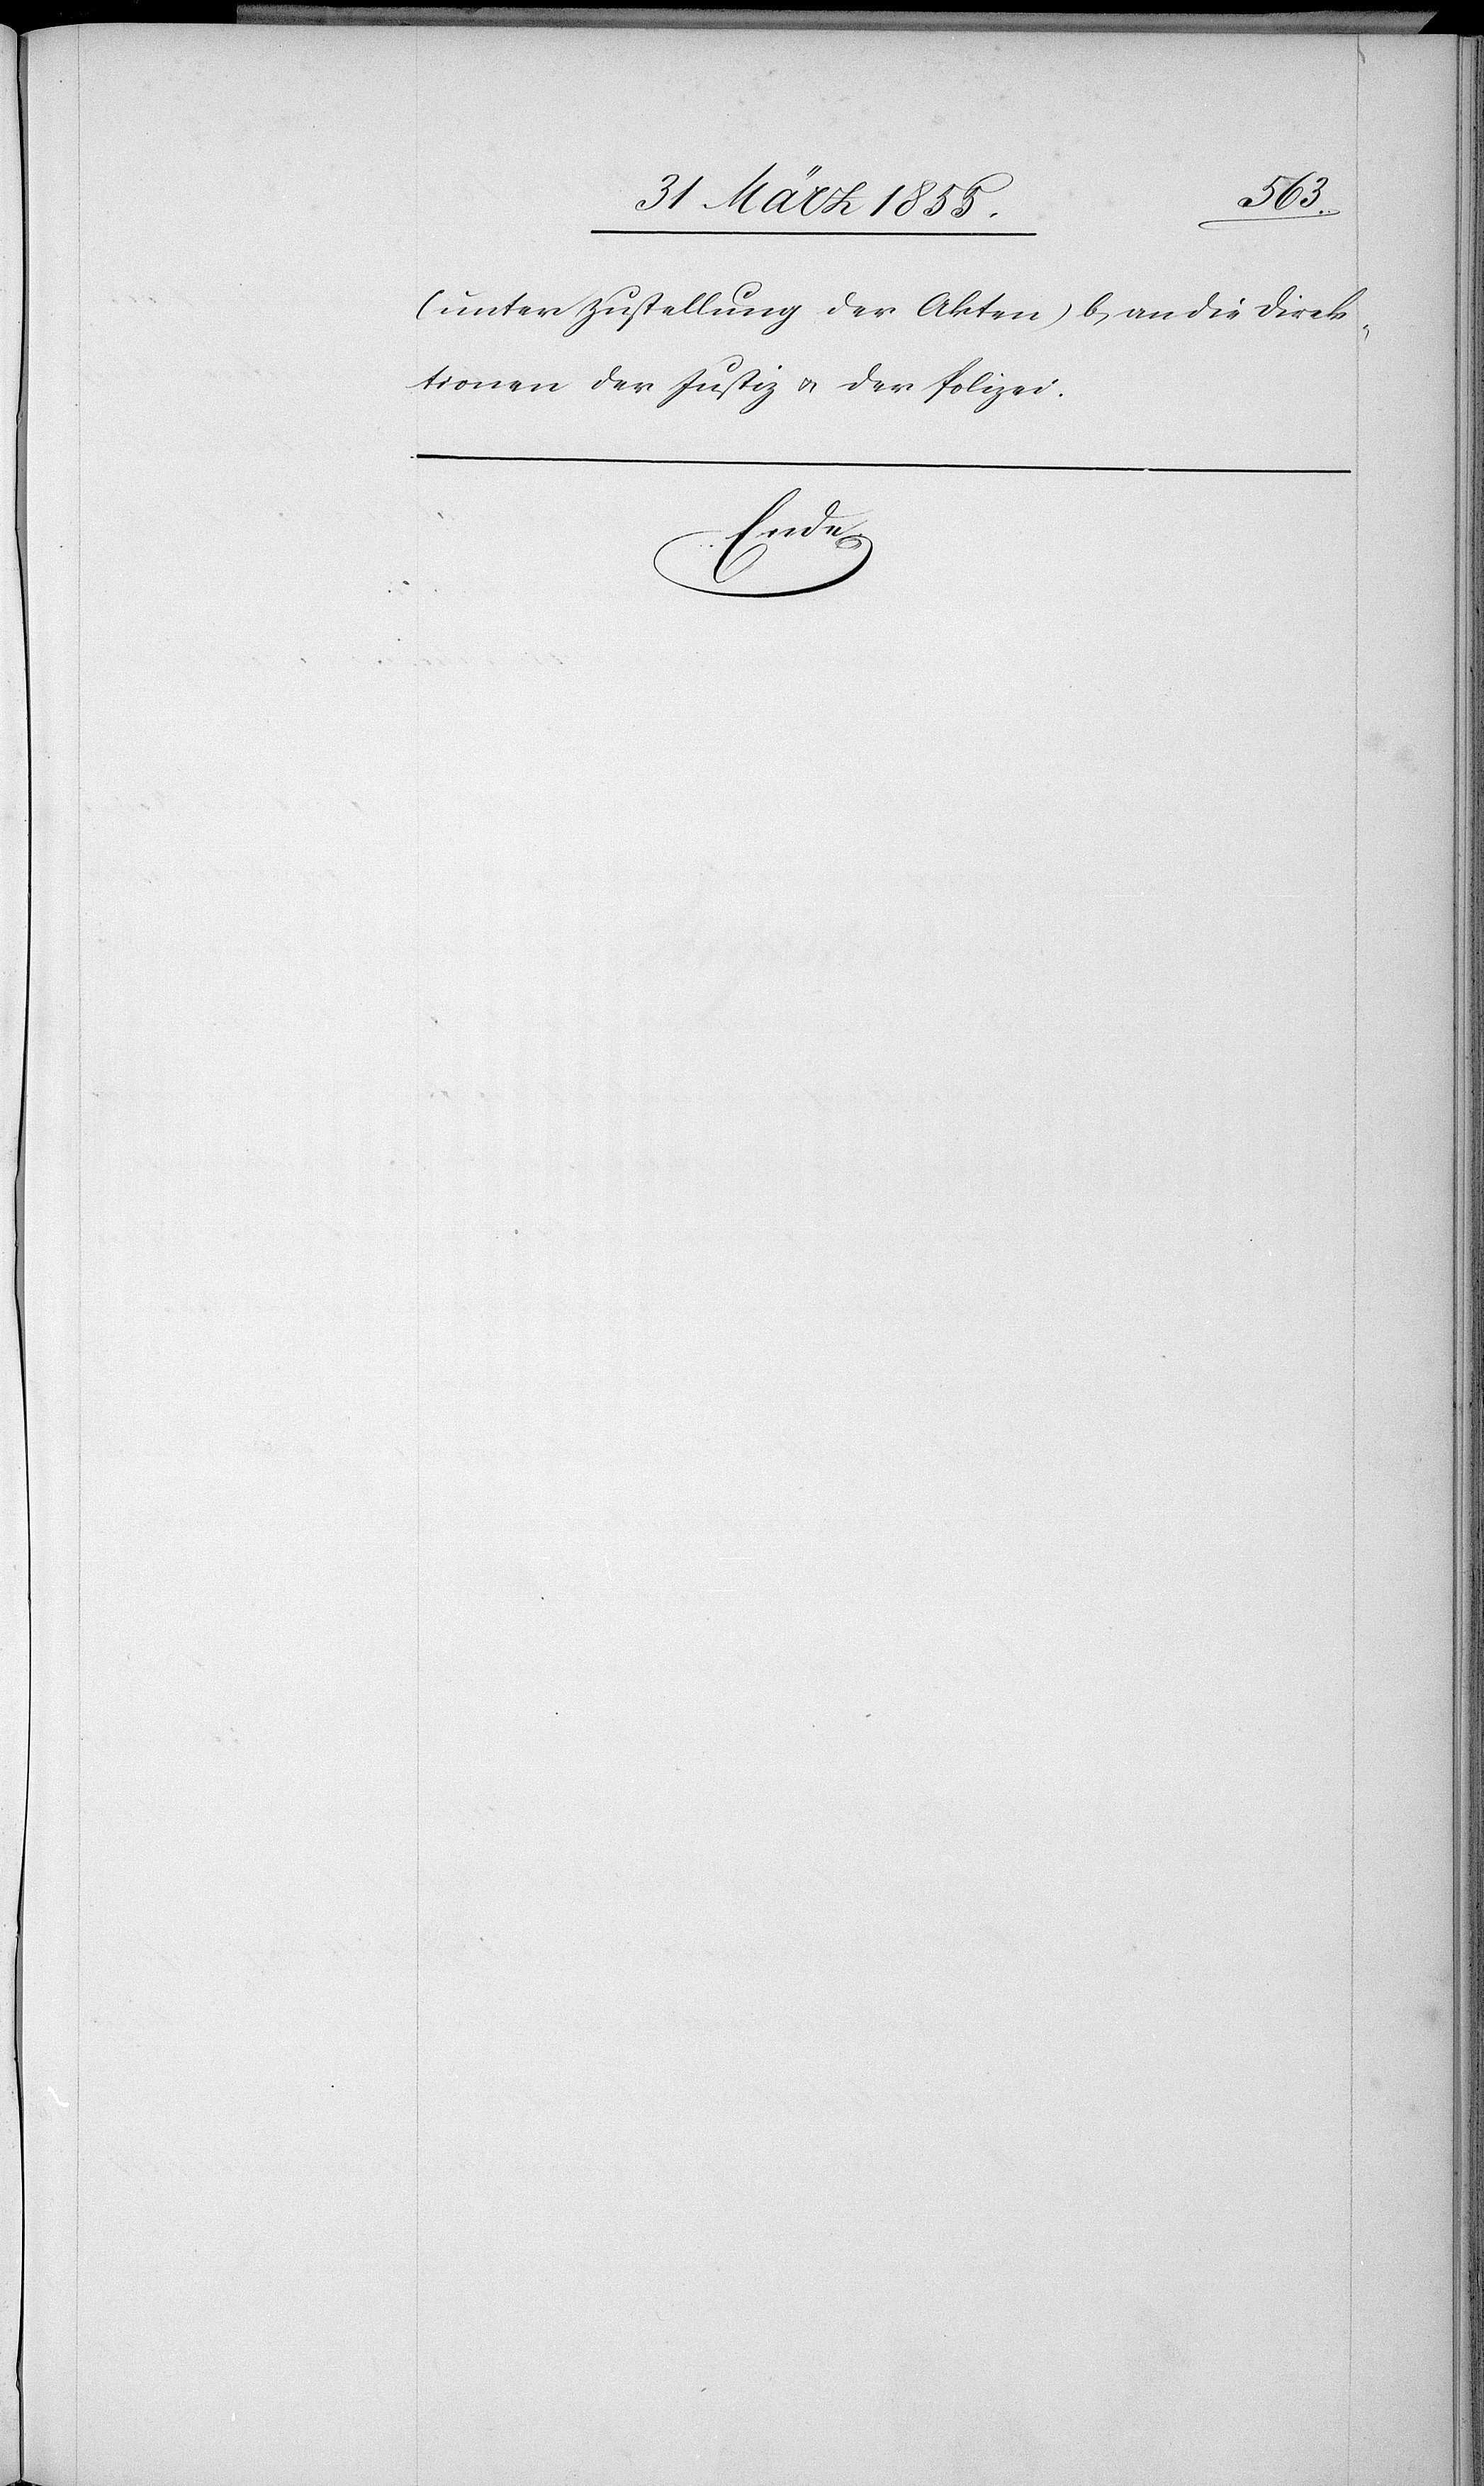
(unter Zustellung der Akten) b, an die Direk¬
tionen der Justiz & der Polizei.